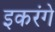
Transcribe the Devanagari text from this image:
इकरंगे